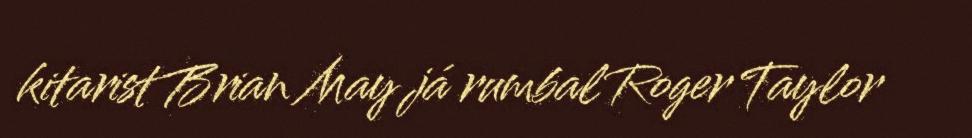
kitarist Brian May já rumbal Roger Taylor